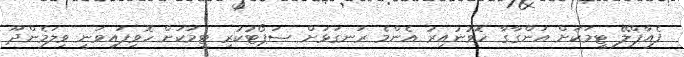
ފެއާޕްލޭ ޓީމަކަށް އަންގާގާ ހޮވުނުއިރު އެންމެ ރަނގަޅަށް ސަޕޯޓުކުރި ޓީމަކަށް ހޮވިފައިވަނީ ވިލަމެންދޫ